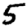
Digit: 5